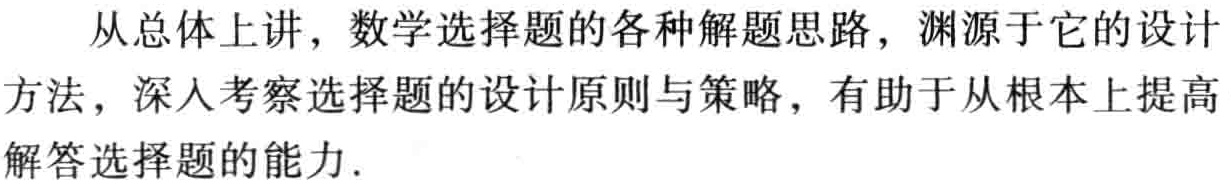
从总体上讲，数学选择题的各种解题思路，渊源于它的设计方法，深入考察选择题的设计原则与策略，有助于从根本上提高解答选择题的能力.